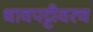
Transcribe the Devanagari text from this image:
धावपट्टीवरच